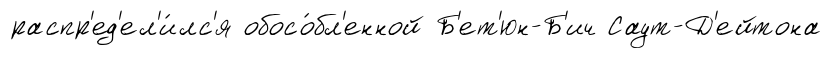
распр'ед'ел'и́лс'я обосо́бл'енной Б'ет'юн-Б'ич Саут-Д'ейтона